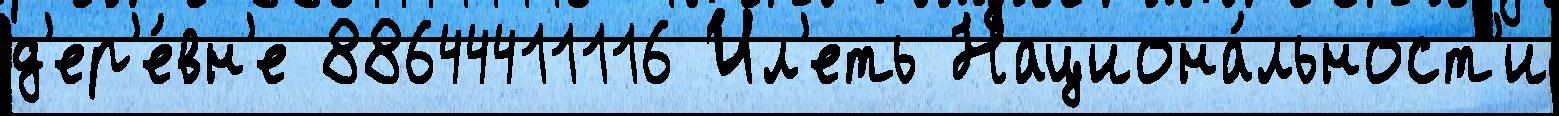
д'ер'е́вн'е 88644411116 Ил'еть Национа́льност'и